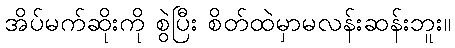
အိပ်မက်ဆိုးကို စွဲပြီး စိတ်ထဲမှာမလန်းဆန်းဘူး။